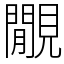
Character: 覵